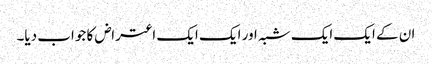
ان کے ایک ایک شبہ اور ایک ایک اعتراض کا جواب دیا۔